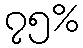
၇၅%